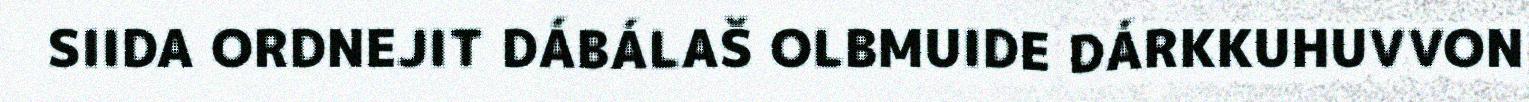
SIIDA ORDNEJIT DÁBÁLAŠ OLBMUIDE DÁRKKUHUVVON